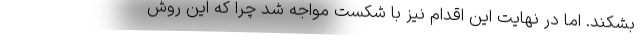
بشکند. اما در نهایت این اقدام نیز با شکست مواجه شد چرا که این روش